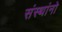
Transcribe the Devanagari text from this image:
संस्थांनो